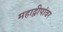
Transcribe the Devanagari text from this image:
महाद्वीपांवर